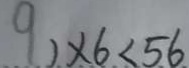
9 ) \times 6 < 5 6